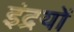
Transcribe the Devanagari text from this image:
इंद्रयों